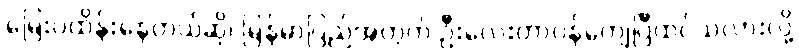
မြေးပဲထိန်းနေတယ်ဆို၊ မြန်မာပြည်အတွက် ဦးလေးတာဝန်ကျေပြီထင်သလားလို့